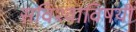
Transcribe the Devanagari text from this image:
सविश्वाविषयी